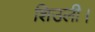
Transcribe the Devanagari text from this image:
शिउली।